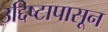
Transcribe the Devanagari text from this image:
उद्दिष्टापासून